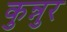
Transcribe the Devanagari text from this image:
कुन्नुर